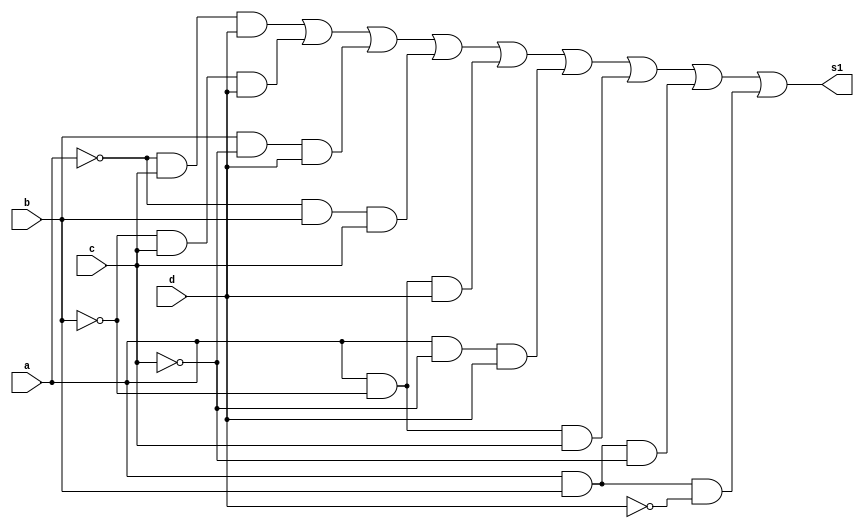
// Giselle Caroline Vieira
// Prava 01 - letra g


module s1Quine (s1,a,b,c,d);
output s1;
input a,b,c,d;
wire t1,t2,t3,t4,t5,t,t7,t8;

and AND1 (t1,~a,c,d);
and AND2 (t2,~b,c,d);
and AND3 (t3,b,~c,d);
and AND4 (t4,~a,b,c);
and AND5 (t5,a,~b,d);
and AND6 (t6,a,~c,d);
and AND7 (t7,a,~b,c);
and AND8 (t8,a,b,~c);
and AND9 (t9,a,b,~d);

or OR1 (s1,t1,t2,t3,t4,t5,t6,t7,t8,t9); 





endmodule //fim s1Quine

module testes1;

wire s1;
reg a,b,c,d;

s1Quine Teste (s1,a,b,c,d);

 initial begin
      $display("\na  b   c   d  s1\n");
      $monitor("%b  %b   %b   %b  %b", a, b, c, d, s1);
  
	     a=0; b=0; c=0; d=0;  
    #1  a=0; b=0; c=0; d=1;
    #1  a=0; b=0; c=1; d=0;
    #1  a=0; b=0; c=1; d=1;
    #1  a=0; b=1; c=0; d=0;
 	 #1  a=0; b=1; c=0; d=1;
    #1  a=0; b=1; c=1; d=0;
    #1  a=0; b=1; c=1; d=1;
    #1  a=1; b=0; c=0; d=0;
    #1  a=1; b=0; c=0; d=1;
    #1  a=1; b=0; c=1; d=0;
    #1  a=1; b=0; c=1; d=1;
    #1  a=1; b=1; c=0; d=0;
    #1  a=1; b=1; c=0; d=1;
    #1  a=1; b=1; c=1; d=0;
    #1  a=1; b=1; c=1; d=1;


        
    end
    endmodule